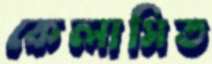
কেলাসিত